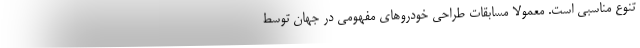
تنوع مناسبی است. معمولا مسابقات طراحی خودروهای مفهومی در جهان توسط